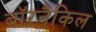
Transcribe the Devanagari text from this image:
बॉरनैकिल